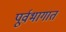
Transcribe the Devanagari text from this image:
पूर्वभागात